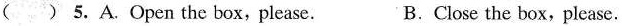
( ) 5. A Open the box,please. B.Close the box,please.